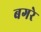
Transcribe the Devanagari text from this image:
बगरे